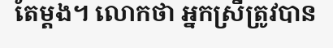
តែម្តង។ លោកថា អ្នកស្រីត្រូវបាន